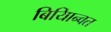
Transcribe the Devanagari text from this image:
बियािन्वत